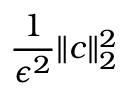
\frac { 1 } { { \epsilon ^ { 2 } } } \lVert c \rVert _ { 2 } ^ { 2 }